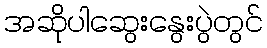
အဆိုပါဆွေးနွေးပွဲတွင်